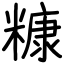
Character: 糠